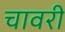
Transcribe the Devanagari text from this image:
चावरी